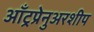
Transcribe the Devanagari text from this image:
आँट्रप्रेनुअरशीप